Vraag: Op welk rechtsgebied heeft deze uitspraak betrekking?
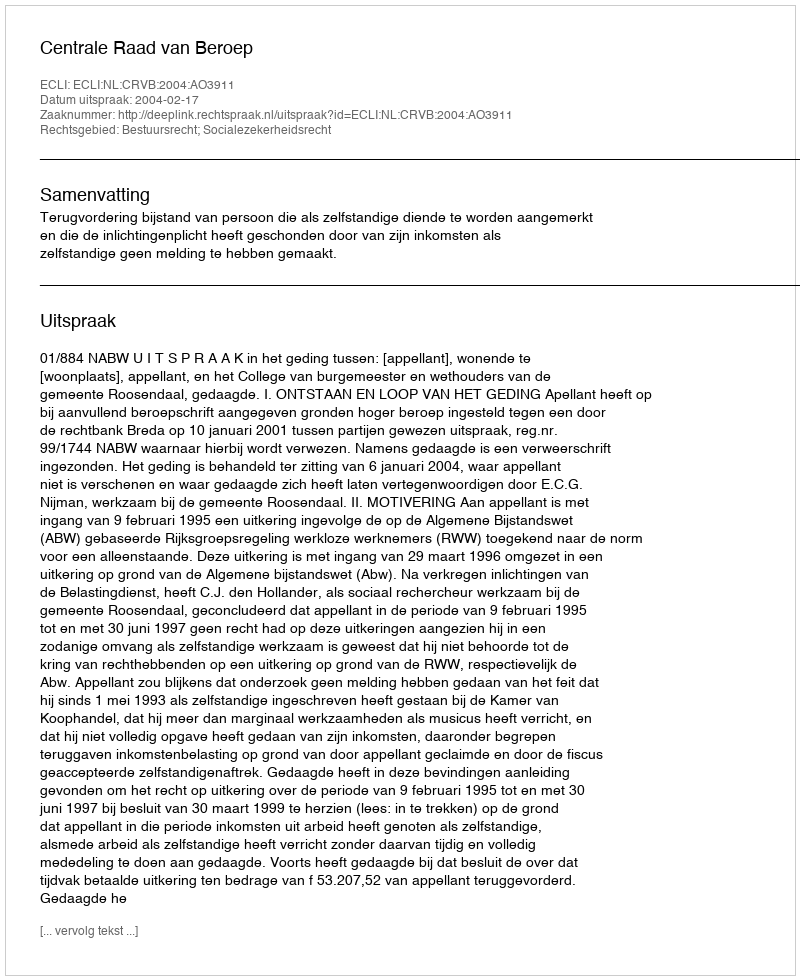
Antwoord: Bestuursrecht; Socialezekerheidsrecht